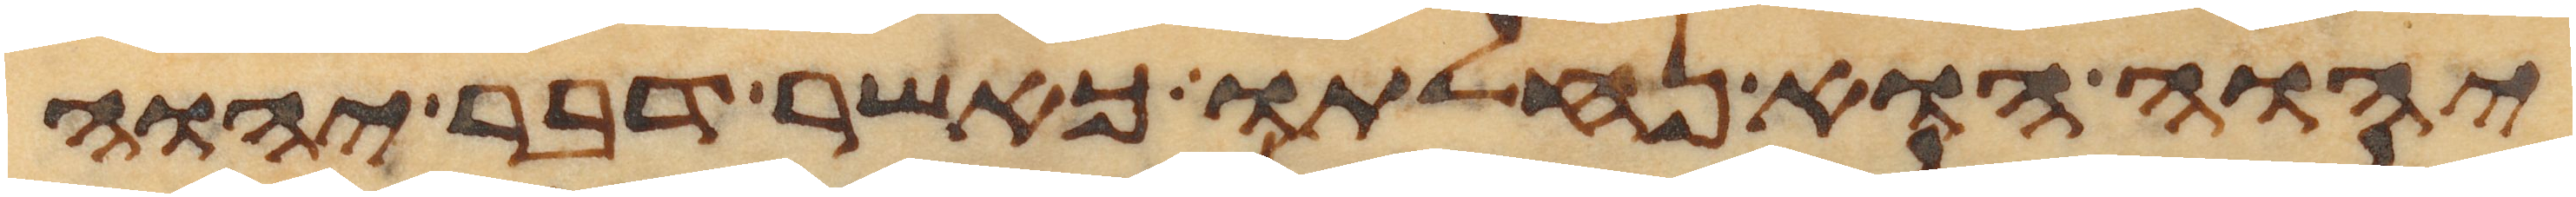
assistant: יהוה הוא נחלתו כאשר דבר יהוה